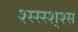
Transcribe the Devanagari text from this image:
श्स्स्स्श्श्स